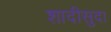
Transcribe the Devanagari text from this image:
शादीसुदा